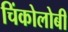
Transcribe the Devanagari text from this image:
चिंकोलोबी